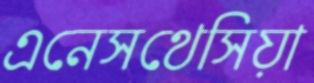
এনেসথেসিয়া